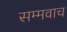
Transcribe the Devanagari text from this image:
सम्मवाच